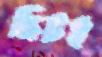
ছিটই